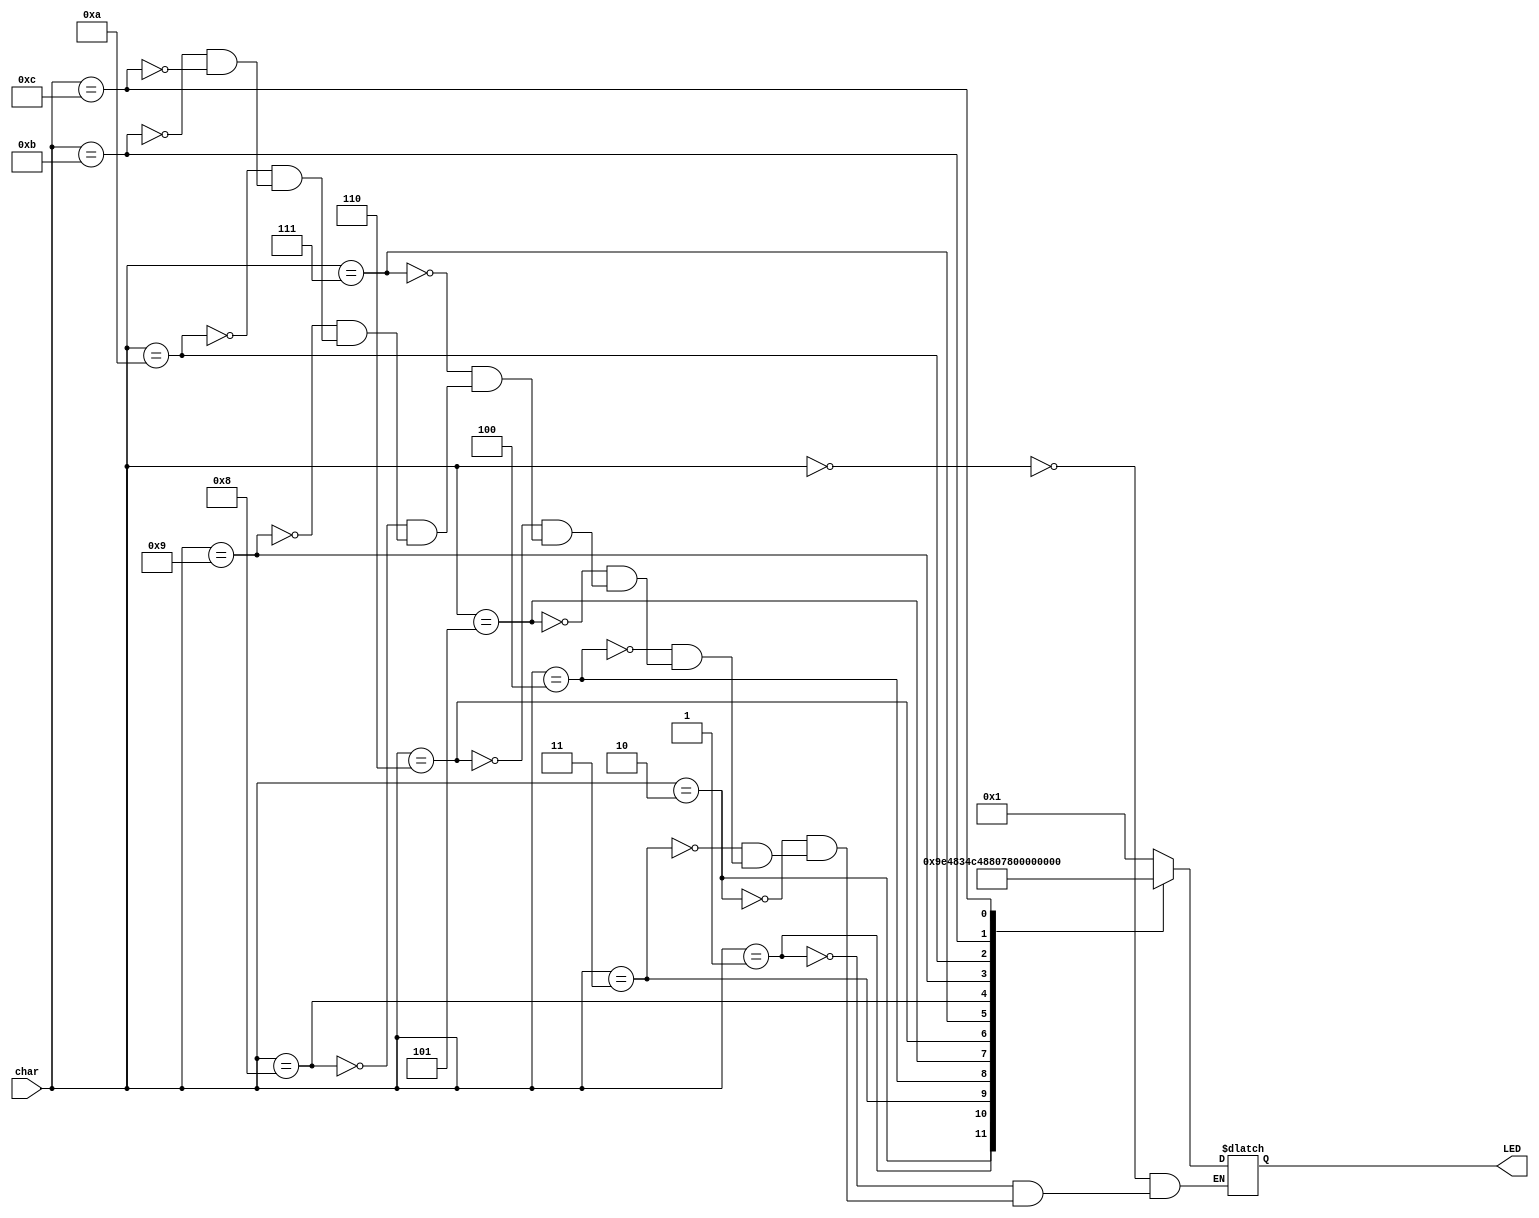
`timescale 1ns / 1ps

module LEDdecoder(
    input[3:0] char,
    output reg[6:0] LED
    );

  always @ (char) begin
      case(char)
        4'b0000:LED = 7'b0000001;	// 0
        4'b0001:LED = 7'b1001111;	// 1
        4'b0010:LED = 7'b0010010;	// 2
        4'b0011:LED = 7'b0000110;	// 3
        4'b0100:LED = 7'b1001100;	// 4
        4'b0101:LED = 7'b0100100;	// 5
	4'b0110:LED = 7'b0100000;	// 6
	4'b0111:LED = 7'b0001111;	// 7
	4'b1000:LED = 7'b0000000;	// 8
	4'b1001:LED = 7'b0000100;	// 9
	4'b1010:LED = 7'b1111110;	// -
	4'b1011:LED = 7'b0111000;	// F
	4'b1100:LED = 7'b1111111;	//  
       endcase
   end


endmodule